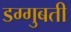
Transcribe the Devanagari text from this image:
डग्गुबती